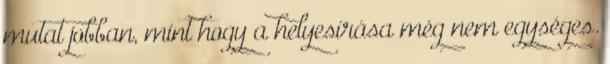
mutat jobban, mint hogy a helyesírása még nem egységes.